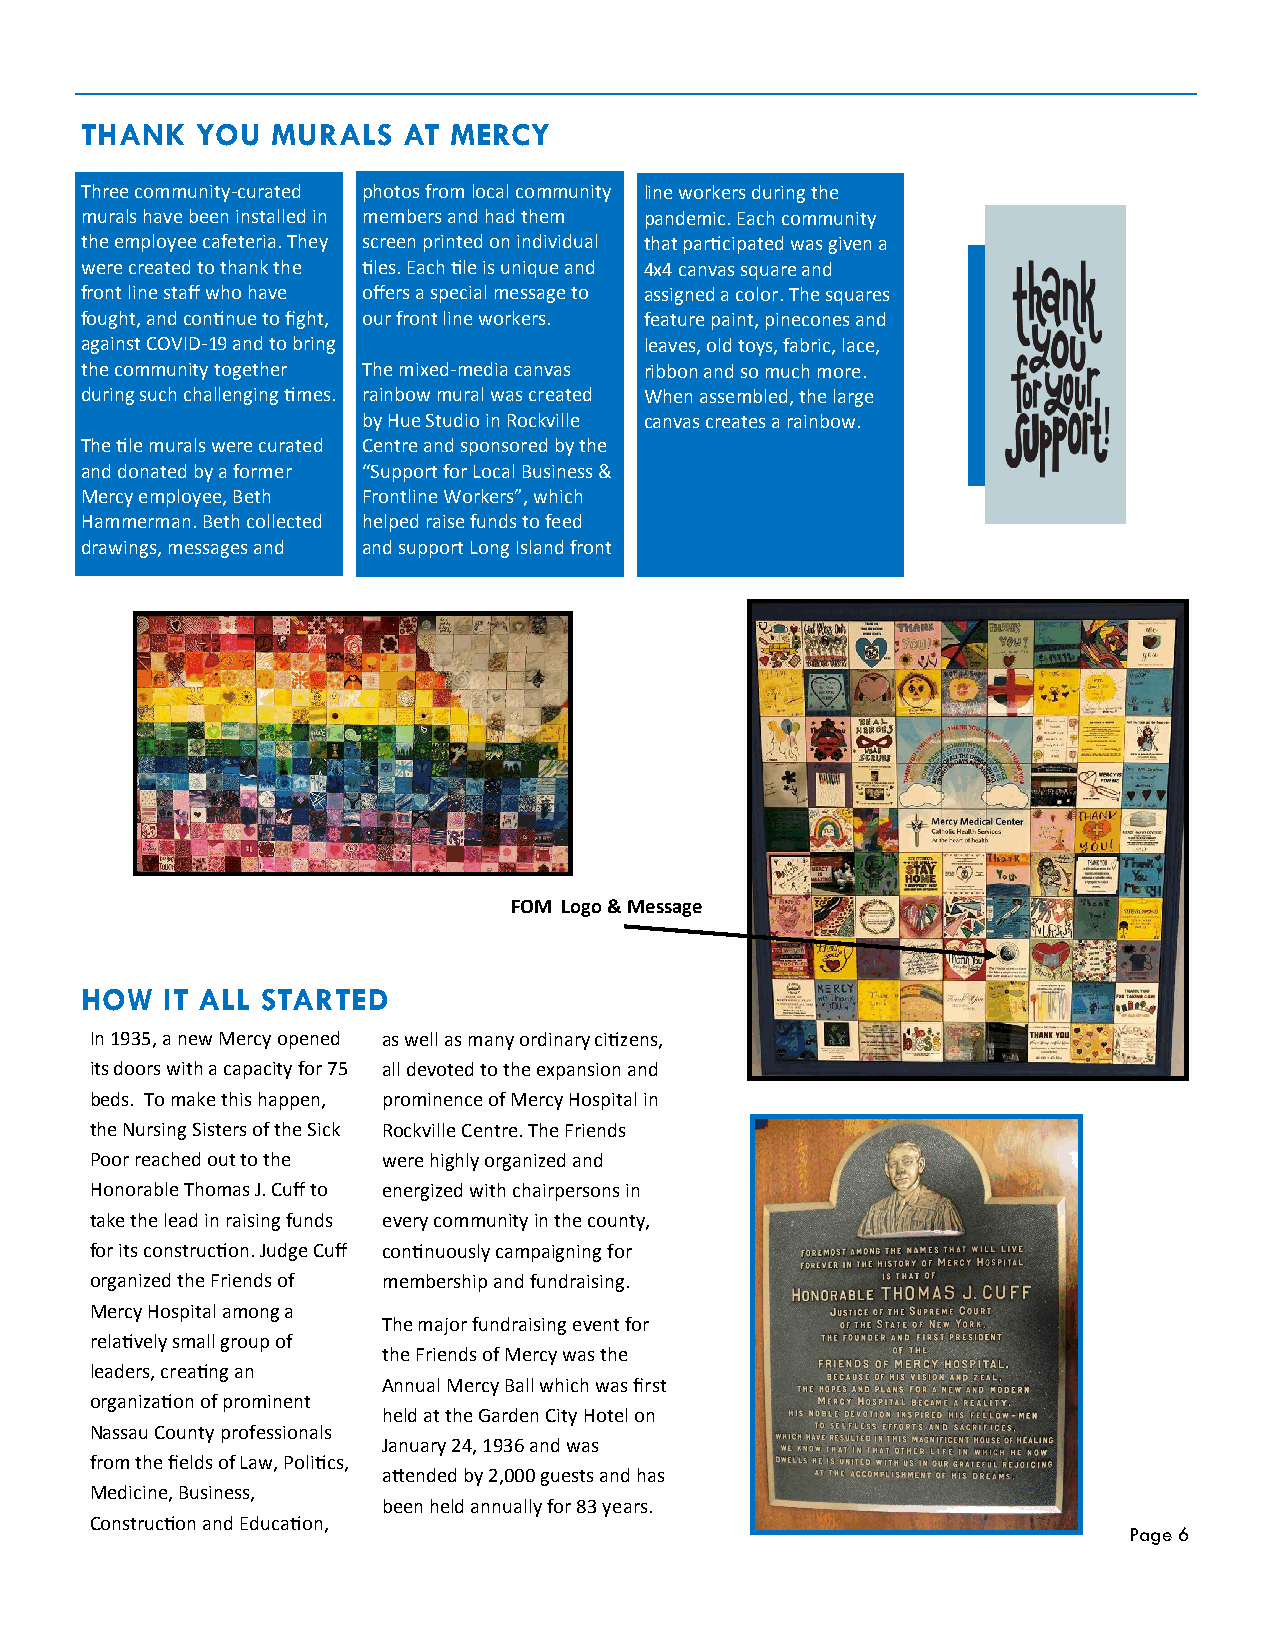
THANK   YOU  MURALS   AT MERCY
 Three community-curated photos from local community line workers during the
 murals have been installed in members and had them pandemic. Each community
 the employee cafeteria. They screen printed on individual that participated was given a
 were created to thank the tiles. Each tile is unique and 4x4 canvas square and
 front line staff who have offers a special message to assigned a color. The squares
 fought, and continue to fight, our front line workers. f e a t u r e p a i n t , p inecones and
 against COVID-19 and to bring         leaves, old toys, fabric, lace,
 the community together The mixed-media canvas ribbon and so much more.
 during such challenging times. rainbow mural was created When assembled, the large
 by Hue Studio in Rockville canvas creates a rainbow.
 The tile murals were curated Centre and sponsored by the
 and donated by a former “Support for Local Business &
 Mercy employee, Beth Frontline Workers”, which
 Hammerman. Beth collected helped raise funds to feed
 drawings, messages and and support Long Island front
 FOM Logo & Message
 HOW   IT ALL STARTED
 In 1935, a new Mercy opened as well as many ordinary citizens,
 its doors with a capacity for 75 all devoted to the expansion and
 beds. To make this happen, prominence of Mercy Hospital in
 the Nursing Sisters of the Sick Rockville Centre. The Friends
 Poor reached out to the were highly organized and
 Honorable Thomas J. Cuff to energized with chairpersons in
 take the lead in raising funds every community in the county,
 for its construction. Judge Cuff continuously campaigning for
 organized the Friends of membership and fundraising.
 Mercy Hospital among a
 The major fundraising event for
 relatively small group of
 the Friends of Mercy was the
 leaders, creating an
 Annual Mercy Ball which was first
 organization of prominent
 held at the Garden City Hotel on
 Nassau County professionals
 January 24, 1936 and was
 from the fields of Law, Politics,
 attended by 2,000 guests and has
 Medicine, Business,
 been held annually for 83 years.
 Construction and Education,
 Page 6